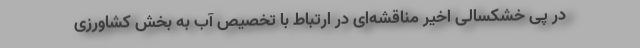
در پی خشکسالی اخیر مناقشه‌ای در ارتباط با تخصیص آب به بخش کشاورزی